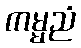
ကမ္မညံ